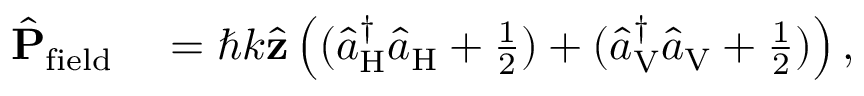
\begin{array} { r l } { \hat { \bf P } _ { \mathrm { f i e l d } } } & { { } = \hbar k \hat { \bf z } \left( ( \hat { a } _ { \mathrm { H } } ^ { \dagger } \hat { a } _ { \mathrm { H } } + \frac { 1 } { 2 } ) + ( \hat { a } _ { \mathrm { V } } ^ { \dagger } \hat { a } _ { \mathrm { V } } + \frac { 1 } { 2 } ) \right) , } \end{array}